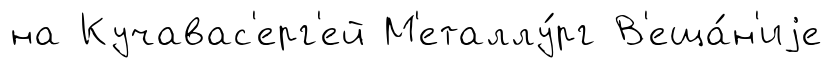
на Кучавас'ерг'ей М'еталлу́рг В'еща́н'иjе